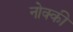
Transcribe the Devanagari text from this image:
नोक्की